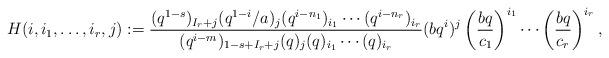
LaTeX: \begin{align*}H (i, i_{1}, \dotsc, i_{r}, j) := \frac{(q^{1 - s})_{I_{r} + j} (q^{1 - i} / a)_{j} (q^{i - n_{1}})_{i_{1}} \dotsm (q^{i - n_{r}})_{i_{r}}}{(q^{i - m})_{1 - s + I_{r} + j} (q)_{j} (q)_{i_{1}} \dotsm (q)_{i_{r}}} (b q^{i})^{j} \left(\frac{b q}{c_{1}} \right)^{i_{1}} \dotsm \left(\frac{b q}{c_{r}} \right)^{i_{r}}, \end{align*}